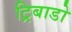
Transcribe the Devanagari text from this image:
ट्रिबाडो